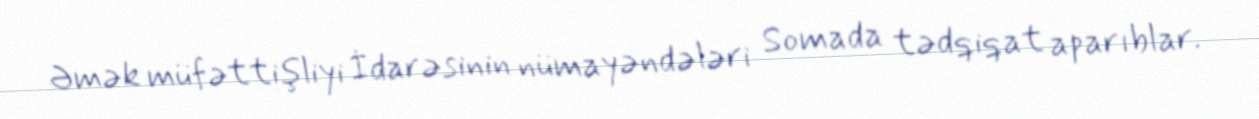
Əmək müfəttişliyi İdarəsinin nümayəndələri Somada tədqiqat aparıblar.